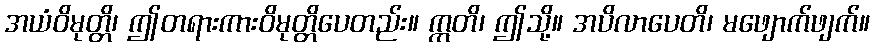
အယံဝိမုတ္တိ၊ ဤတရားကားဝိမုတ္တိပေတည်း။ ဣတိ၊ ဤသို့။ အပိလာပေတိ၊ မဖျောက်ဖျက်။